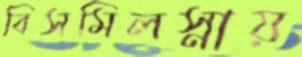
বিসমিলস্নায়